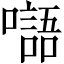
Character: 𡂂